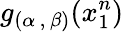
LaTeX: g_{(\alpha\, ,\, \beta)}(x_{1}^{n})